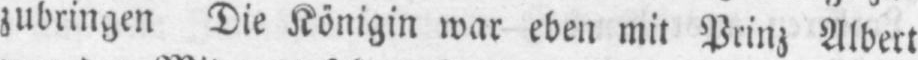
zubringen Die Königin war eben mit Prinz Albert